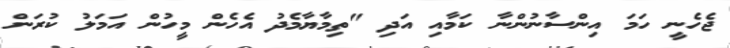
ޖެހެނީ ހަމަ އިންސާނުންނާ ކަމާއި އަދި "ތިމާޔާމެދު އެހެން މީހުން އަމަލު ކުރަން